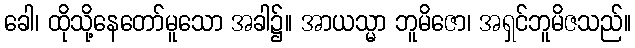
ခေါ၊ ထိုသို့နေတော်မူသော အခါ၌။ အာယသ္မာ ဘူမိဇော၊ အရှင်ဘူမိဇသည်။